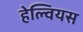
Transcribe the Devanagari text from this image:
हेल्वियस